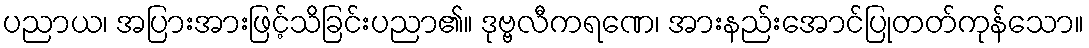
ပညာယ၊ အပြားအားဖြင့်သိခြင်းပညာ၏။ ဒုဗ္ဗလီကရဏေ၊ အားနည်းအောင်ပြုတတ်ကုန်သော။